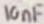
Text: 10nF